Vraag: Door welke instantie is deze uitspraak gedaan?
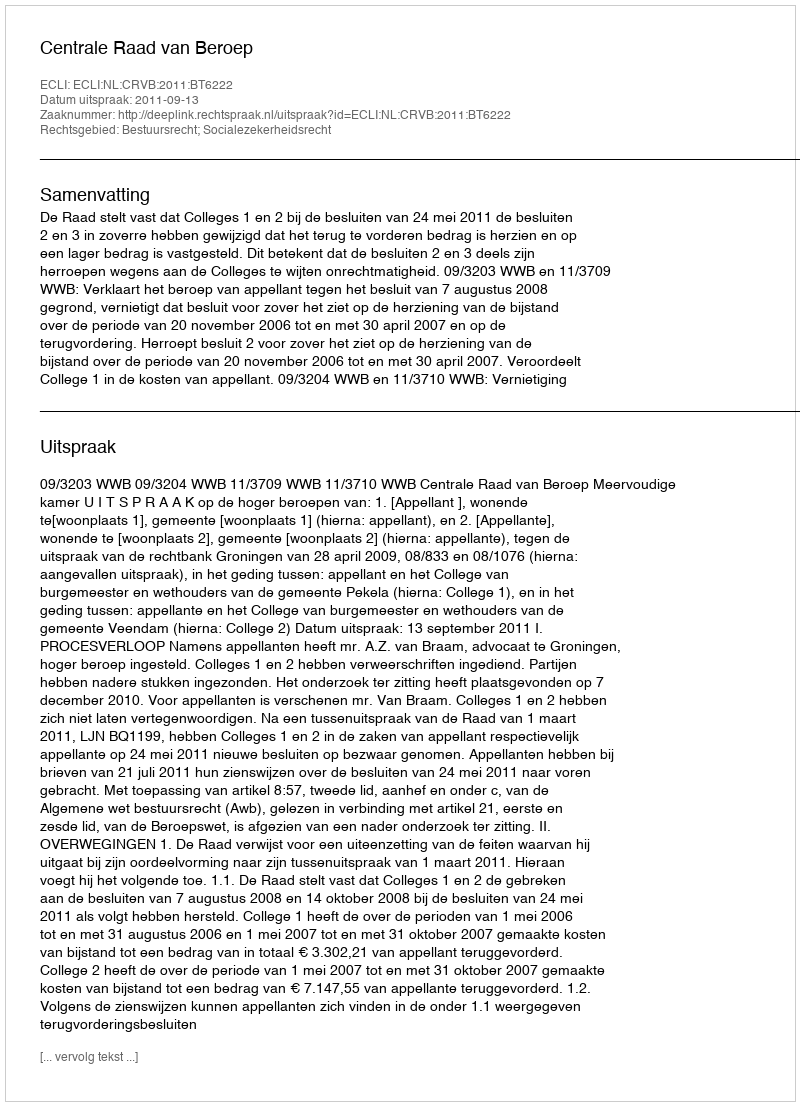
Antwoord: Centrale Raad van Beroep